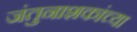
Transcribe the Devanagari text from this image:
जंतुनाशकांच्या